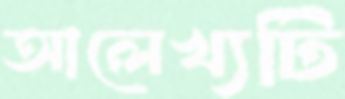
আলেখ্যটি